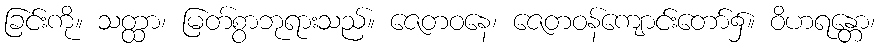
ခြင်းကို။ သတ္ထာ၊ မြတ်စွာဘုရားသည်။ ဇေတဝနေ၊ ဇေတဝန်ကျောင်းတော်၌။ ဝိဟရန္တော၊